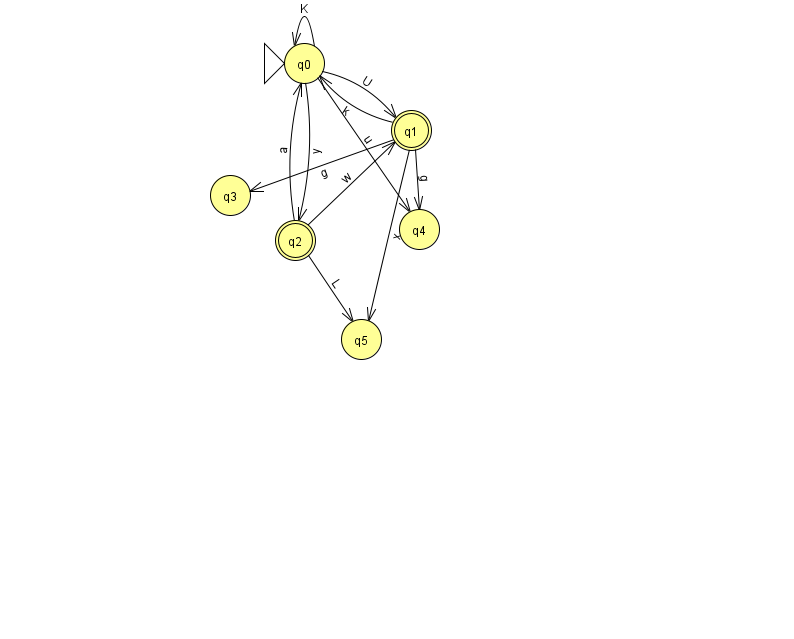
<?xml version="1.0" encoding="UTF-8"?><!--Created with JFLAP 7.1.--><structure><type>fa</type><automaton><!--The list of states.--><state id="0" name="q0"><x>304.0</x><y>50.0</y><initial/></state><state id="1" name="q1"><x>411.0</x><y>117.0</y><final/></state><state id="2" name="q2"><x>295.0</x><y>227.0</y><final/></state><state id="3" name="q3"><x>230.0</x><y>182.0</y></state><state id="4" name="q4"><x>419.0</x><y>216.0</y></state><state id="5" name="q5"><x>361.0</x><y>326.0</y></state><!--The list of transitions.--><transition><from>0</from><to>4</to><read>u</read></transition><transition><from>1</from><to>4</to><read>g</read></transition><transition><from>2</from><to>5</to><read>L</read></transition><transition><from>1</from><to>3</to><read>g</read></transition><transition><from>0</from><to>2</to><read>y</read></transition><transition><from>0</from><to>1</to><read>U</read></transition><transition><from>1</from><to>0</to><read>k</read></transition><transition><from>2</from><to>1</to><read>w</read></transition><transition><from>0</from><to>0</to><read>K</read></transition><transition><from>1</from><to>5</to><read>x</read></transition><transition><from>2</from><to>0</to><read>a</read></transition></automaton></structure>